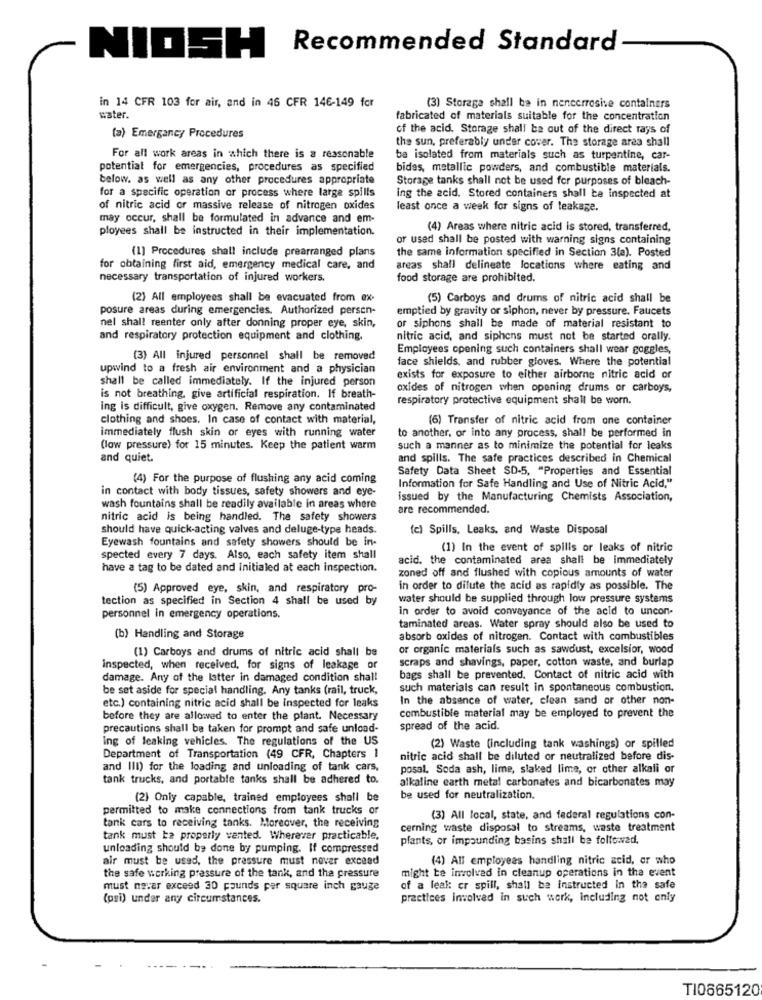
Recommended Standard
NIOSH
in 14 CFR 103 for air, and in 46 CFR 146-149 for
(3) Storage shall be in nencerrosise containers
water.
fabricated of materials suitable for the concentration
of the acid. Storage shall ba out of the direct rays of
(a) Emergancy Procedures
the sun, preferably under cover. The storage area shall
For all work areas in which there is a reasonable
be isolated from materials such as turpentine, car-
potential for emergencies, procedures as specified
bides, metallic powders, and combustible materials.
below. as well as any other procedures appropriate
Storage tanks shall not be used for purposes of bleach-
for a specific operation or process where large spills
ing the acid. Stored containers shall be inspected at
of nitric acid or massive release of nitrogen oxides
least once a week for signs of leakage.
may occur, shall be formulated in advance and em-
ployees shall be instructed in their implementation.
(4) Areas where nitric acid is stored, transferred,
or used shall be posted with warning signs containing
(1) Procedures shall include prearranged plans
the same information specified in Section 3(a). Posted
for obtaining first aid, emergency medical care, and
areas shall delineate locations where eating and
necessary transportation of injured workers.
food storage are prohibited.
(2) All employees shall be evacuated from ex-
(5) Carboys and drums of nitric acid shall be
posure areas during emergencies. Authorized persen-
emptied by gravity or siphon, never by pressure. Faucets
nel shall reenter only after donning proper eye, skin,
or siphons shall be made of material resistant to
and respiratory protection equipment and clothing,
nitric acid, and siphons must not be started orally.
Employees opening such containers shall wear goggles,
(3) All injured personnel shall be removed
face shields, and rubber gloves. Where the potential
upwind to a fresh air environment and a physician
shall be called immediately. If the injured person
exists for exposure to either airborne nitric acid or
oxides of nitrogen when opening drums or carboys,
is not breathing, give artificial respiration. If breath-
respiratory protective equipment shall be worn.
ing is difficult, give oxygen. Remove any contaminated
clothing and shoes, In case of contact with material,
(6) Transfer of nitric acid from one container
immediately flush skin or eyes with running water
to another, or into any process, shall be performed in
(low pressure) for 15 minutes. Keep the patient warm
such a manner as to minimize the potential for leaks
and quiet.
and spills. The safe practices described in Chemical
Safety Data Sheet SD-5, "Properties and Essential
(4) For the purpose of flushing any acid coming
in contact with body tissues, safety showers and eye-
Information for Safe Handling and Use of Nitric Acid,"
issued by the Manufacturing Chemists Association,
wash fountains shall be readily available in areas where
are recommended.
nitric acid is being handled. The safety showers
should have quick-acting valves and deluge-type heads.
(c) Spills, Leaks, and Waste Disposal
Eyewash fountains and safety showers should be in-
(1) In the event of spills or leaks of nitric
spected every 7 days. Also, each safety item shall
acid. the contaminated area shall be immediately
have a tag to be dated and initialed at each inspection.
zoned off and flushed with copious amounts of water
(5) Approved eye, skin, and respiratory pro-
in order to dilute the acid as rapidly as possible. The
tection as specified in Section 4 shall be used by
water should be supplied through low pressure systems
in order to avoid conveyance of the acid to uncon-
personnel in emergency operations.
taminated areas. Water spray should also be used to
(b) Handling and Storage
absorb oxides of nitrogen. Contact with combustibles
(1) Carboys and drums of nitric acid shall be
or organic materials such as sawdust, excelsior, wood
scraps and shavings, paper, cotton waste, and burlap
inspected, when received, for signs of leakage or
damage. Any of the latter in damaged condition shall
bags shall be prevented. Contact of nitric acid with
be set aside for special handling. Any tanks (rail, truck,
such materials can result in spontaneous combustion.
In the absence of water, clean sand or other non-
etc.) containing nitric acid shall be inspected for leaks
before they are allowed to enter the plant. Necessary
combustible material may be employed to prevent the
precautions shall be taken for prompt and safe unload-
spread of the acid.
ing of leaking vehicles. The regulations of the US
(2) Waste (including tank washings) or spilled
Department of Transportation (49 CFR, Chapters 1
nitric acid shall be diluted or neutralized before dis-
and III) for the loading and unloading of tank cars,
posal. Soda ash, lime, slaked lime, or other alkali or
tank trucks, and portable tanks shall be adhered to.
alkaline earth metal carbonates and bicarbonates may
(2) Only capable, trained employees shall be
be used for neutralization.
permitted to make connections from tank trucks or
(3) All local, state, and federal regulations con-
tank cars to receiving tanks. Moreover, the receiving
cerning waste disposal to streams, waste treatment
tank must be properly vented. Wherever practicable,
plants, or impounding basins shall be followed.
unloading should be done by pumping. If compressed
air must be used, the pressure must nover exceed
(4) All employees handling nitric acid, or who
might be involved in cleanup operations in the event
the safe working pressure of the tank, and the pressure
must nevar exceed 30 pounds per square inch gauge
of a leak: cr spill, shall be instructed In the safe
(psi) under any circumstances.
practices involved in such work, including not only
TI0665120